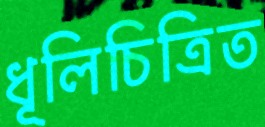
ধূলিচিত্রিত